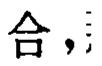
合，